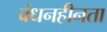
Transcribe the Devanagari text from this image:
बंधनहीनता